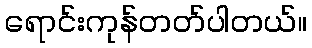
ရောင်းကုန်တတ်ပါတယ်။